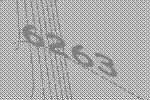
6263